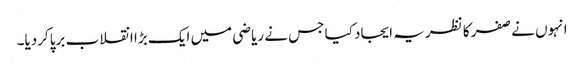
انہوں نے صفر کا نظریہ ایجاد کیا جس نے ریاضی میں ایک بڑا انقلاب برپاکردیا۔